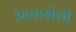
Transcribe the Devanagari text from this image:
आचार्याशी